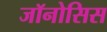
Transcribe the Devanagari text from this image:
जॉनोसिस